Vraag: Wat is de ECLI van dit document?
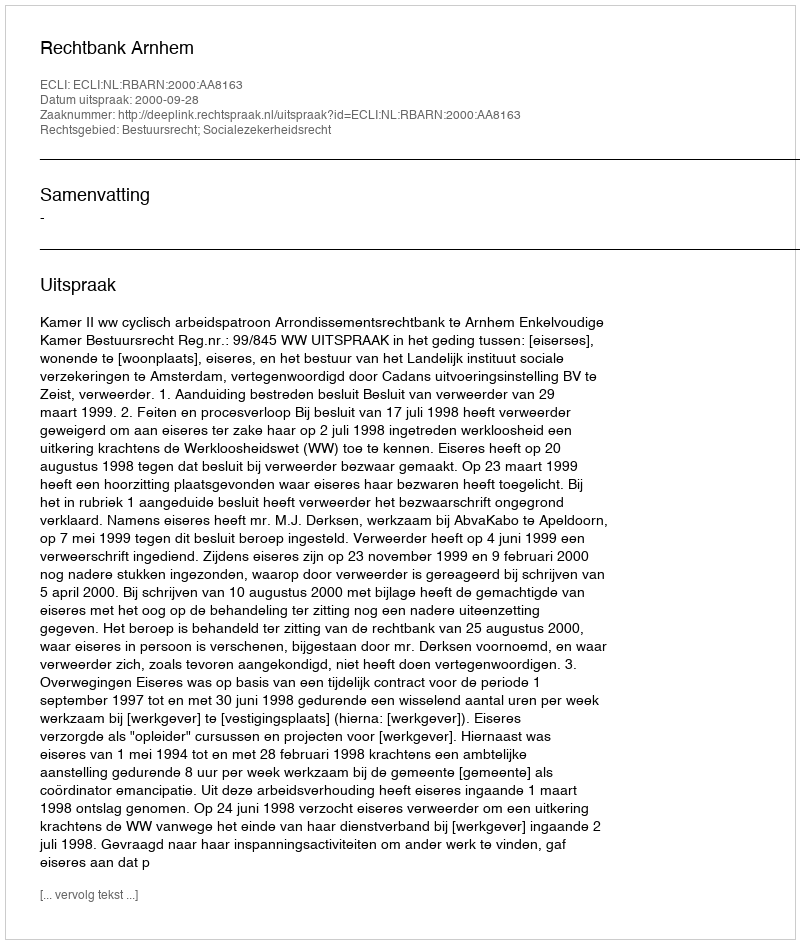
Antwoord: ECLI:NL:RBARN:2000:AA8163